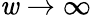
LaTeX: \mathit{w}\to\infty